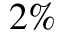
2 \%